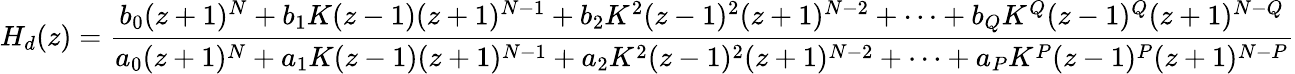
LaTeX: H_{d}(z)={\frac{b_{0}(z+1)^{N}+b_{1}K(z-1)(z+1)^{N-1}+b_{2}K^{2}(z-1)^{2}(z+1)^{N-2}+\cdots+b_{Q}K^{Q}(z-1)^{Q}(z+1)^{N-Q}}{a_{0}(z+1)^{N}+a_{1}K(z-1)(z+1)^{N-1}+a_{2}K^{2}(z-1)^{2}(z+1)^{N-2}+\cdots+a_{P}K^{P}(z-1)^{P}(z+1)^{N-P}}}